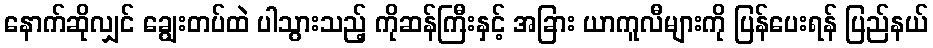
နောက်ဆိုလျှင် ချွေးတပ်ထဲ ပါသွားသည့် ကိုဆန်ကြီးနှင့် အခြား ယာကူလီများကို ပြန်ပေးရန် ပြည်နယ်